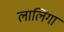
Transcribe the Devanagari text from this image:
लालिंगा